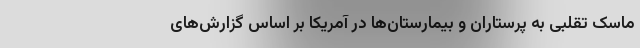
ماسک تقلبی به پرستاران و بیمارستان‌ها در آمریکا بر اساس گزارش‌های